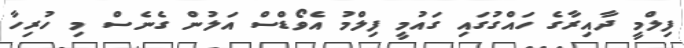
ފިލްމީ ދާއިރާގެ ހައްގުގައި ގައުމީ ފިލްމު އެވޯޑްސް އަލުން ގެނެސް މި ހުރިހާ